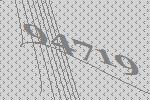
94719